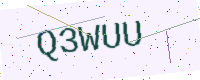
Text: Q3WUU